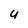
Character: U